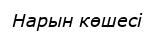
Нарын көшесі